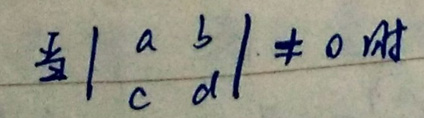
当\(\begin{vmatrix}a&b\\c&d\end{vmatrix}\neq 0\)时